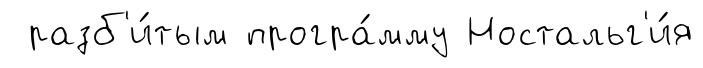
разб'и́тым програ́мму Ностальг'и́я